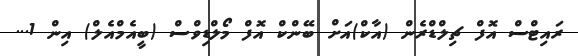
ރައިޓްސް އޮފް ޗިލްޑްރެން (އާކް)އަށް ބޭންކް އޮފް މޯލްޑިވްސް (ބީއެމްއެލް) އިން 1...